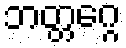
ဘတ္တဂ္ဂေ